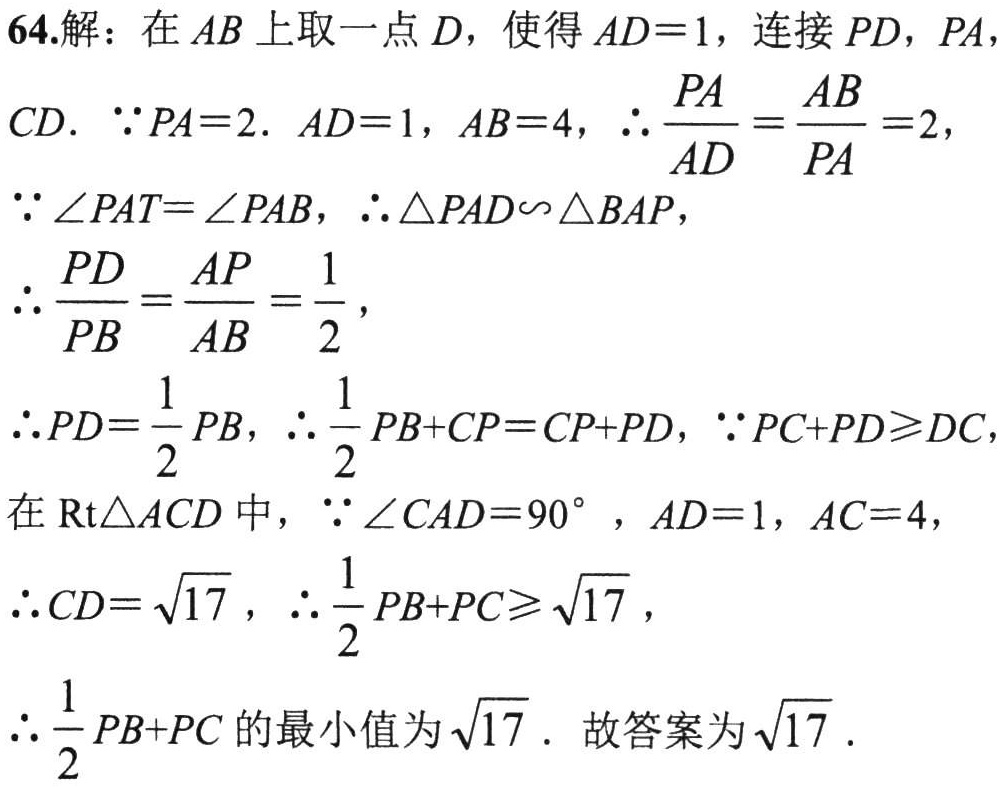
64.解：在 \(AB\) 上取一点 \(D\)，使得 \(AD = 1\)，连接 \(PD\)，\(PA\)，\(CD\). \(\because PA = 2\). \(AD = 1\)，\(AB = 4\)，\(\therefore\frac{PA}{AD}=\frac{AB}{PA}=2\)，
\(\because\angle PAT=\angle PAB\)，\(\therefore\triangle PAD\sim\triangle BAP\)，
\(\therefore\frac{PD}{PB}=\frac{AP}{AB}=\frac{1}{2}\)，
\(\therefore PD=\frac{1}{2}PB\)，\(\therefore\frac{1}{2}PB + CP=CP + PD\)，\(\because PC + PD\geq DC\)，
在 \(\text{Rt}\triangle ACD\) 中，\(\because\angle CAD = 90^{\circ}\)，\(AD = 1\)，\(AC = 4\)，
\(\therefore CD=\sqrt{17}\)，\(\therefore\frac{1}{2}PB + PC\geq\sqrt{17}\)，
\(\therefore\frac{1}{2}PB + PC\) 的最小值为 \(\sqrt{17}\). 故答案为 \(\sqrt{17}\).